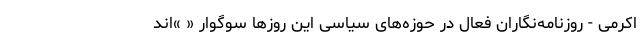
اکرمی - روزنامه‌نگاران فعال در حوزه‌های سیاسی این روزها سوگوار « »‌اند